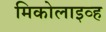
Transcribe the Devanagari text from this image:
मिकोलाइव्ह